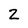
Character: 2